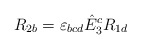
\begin{align*} R_{2b}=\varepsilon_{bcd}\hat{E}_3^cR_{1d}\end{align*}